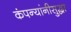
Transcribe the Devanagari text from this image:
कंपन्यांनीसुद्धा